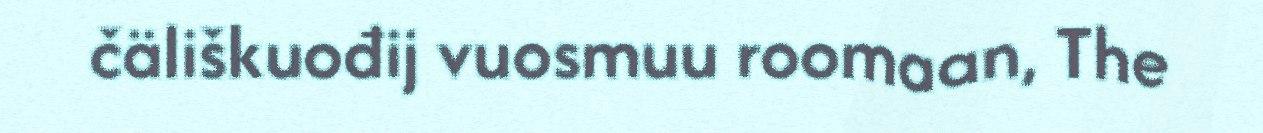
čäliškuođij vuosmuu roomaan, The